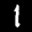
Label: 1